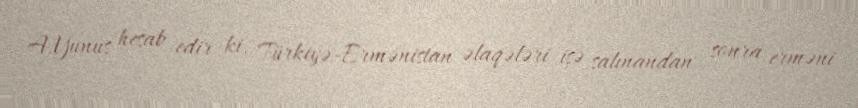
A.Yunus hesab edir ki, Türkiyə-Ermənistan əlaqələri işə salınandan sonra erməni